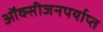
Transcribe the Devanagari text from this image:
ऑक्सीजनपर्याप्त